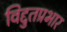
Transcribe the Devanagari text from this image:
विद्दुतप्रभार